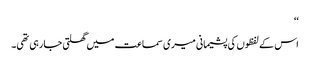
‘‘
اس کے لفظوں کی پشیمانی میری سماعت میں گھلتی جا رہی تھی۔